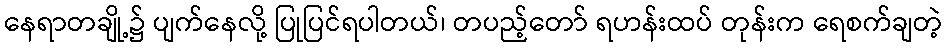
နေရာတချို့၌ ပျက်နေလို့ ပြုပြင်ရပါတယ်၊ တပည့်တော် ရဟန်းထပ် တုန်းက ရေစက်ချတဲ့